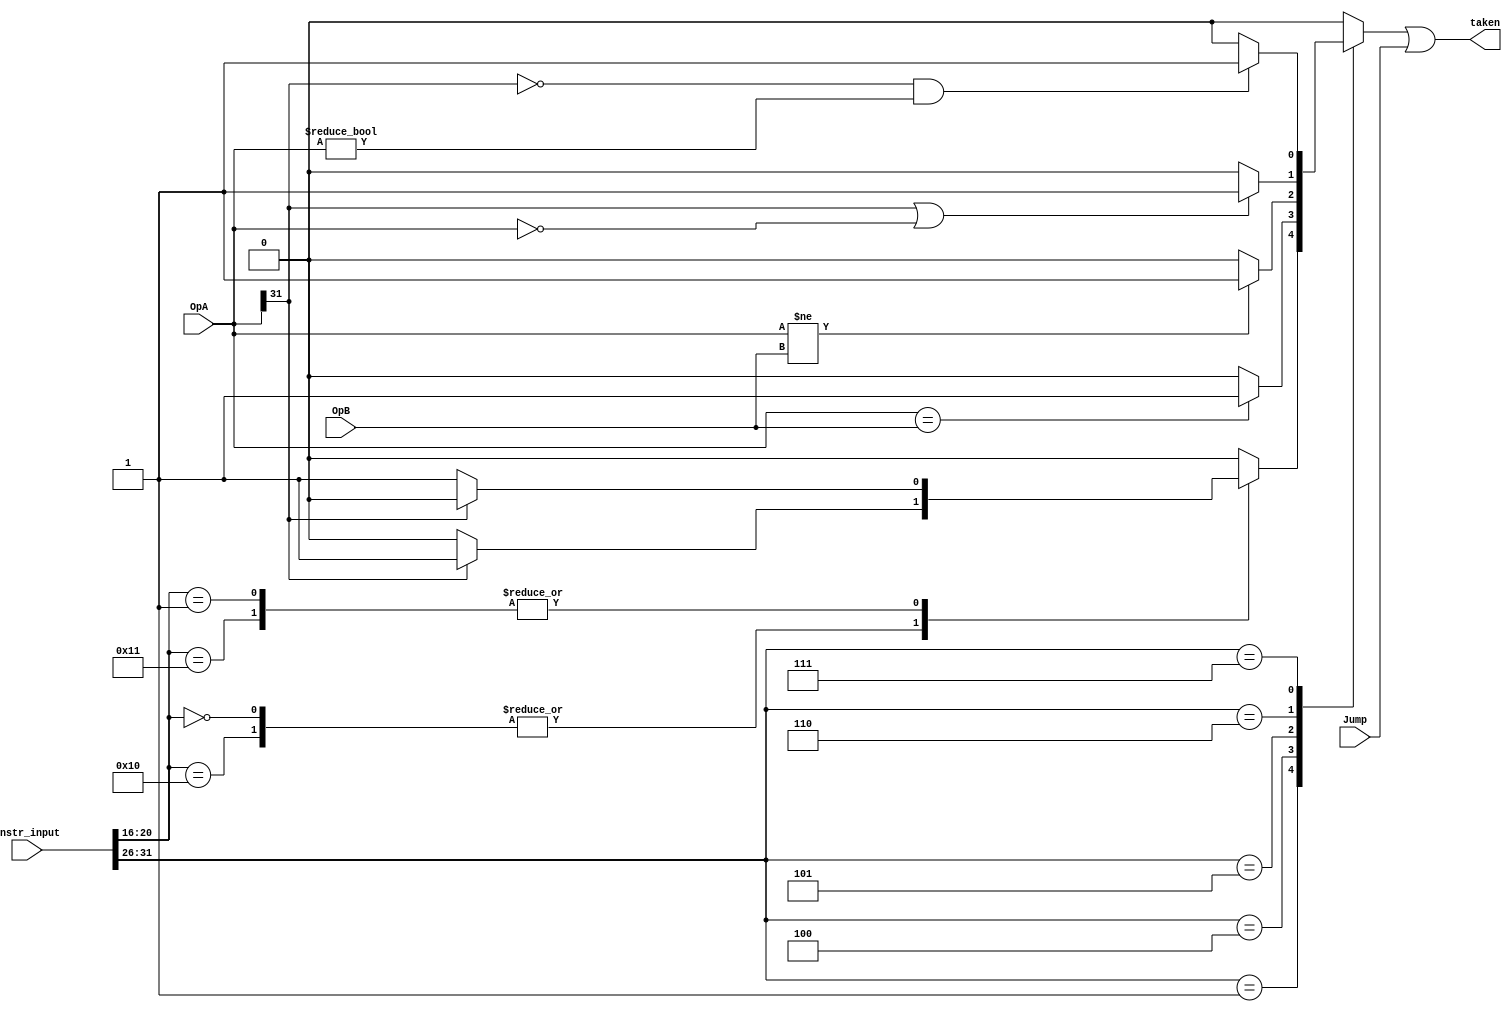
module compare(	Jump,
		OpA,
		OpB,
		Instr_input,
		taken
		);

	output taken; // main output of module - whether we jump/branch or not
	// 1 if branch
	// 0 if not

	input      [31: 0] OpA; // operand a
	input      [31: 0] OpB; // operand b
	input      [31: 0] Instr_input;	 // instruction
	input	           Jump; // if we plan to jump

	reg               br_taken; // if we are taking the branch
	
	assign taken=br_taken|Jump; //if we jump, we always take the branch

	always @(Instr_input or OpA or OpB) begin
		case(Instr_input[31:26])
			6'b000001:begin
				case(Instr_input[20:16])
					5'b00000,5'b10000:br_taken=(OpA[31]==1)?1'b1:1'b0;		  	//BLTZ,BLTZAL // appears correct
					5'b00001,5'b10001:br_taken=(OpA[31]==0)?1'b1:1'b0;	//BGEZ,BGEZAL // appears correct
					default: br_taken=1'b0; // not actually branching
				endcase
			end			
			6'b000100:br_taken=(OpA==OpB)?1'b1:1'b0;						//BEQ //ops look correct
			6'b000101:br_taken=(OpA!=OpB)?1'b1:1'b0;						//BNE // ops look correct
			6'b000110:br_taken=((OpA[31]==1)||(OpA==0))?1'b1:1'b0;				//BLEZ // ops look correct
			6'b000111: begin
				br_taken=((OpA[31]==0)&&(OpA!=0))?1'b1:1'b0;			//BGTZ  // ops look correct
			end
			default:br_taken=1'b0; // default, don't branch
		endcase
	end

endmodule